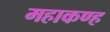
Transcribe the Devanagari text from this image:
महाकण्ह